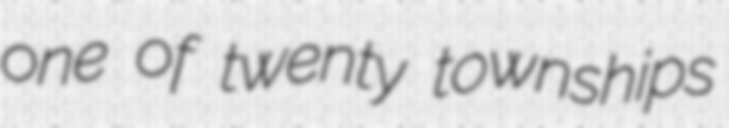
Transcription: one of twenty townships